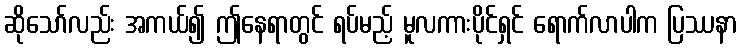
ဆိုသော်လည်း အကယ်၍ ဤနေရာတွင် ရပ်မည့် မူလကားပိုင်ရှင် ရောက်လာပါက ပြဿနာ